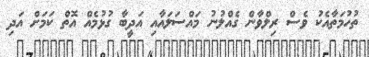
ތުހުމަތާއެކު ވެސް ރިލްވާން ގެއްލުނު މައްސަލައާއި އަދީބާ ގުޅުމެއް އޮތް ކަމަށް އަދި